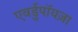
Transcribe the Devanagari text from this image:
एवर्डुपॉयज़ा